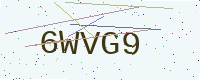
Text: 6WVG9